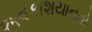
અવકાશયાનનો